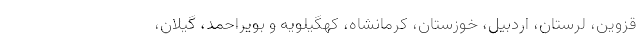
قزوین، لرستان، اردبیل، خوزستان، کرمانشاه، کهگیلویه و بویراحمد، گیلان،